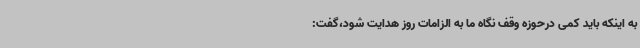
به اینکه باید کمی درحوزه وقف نگاه ما به الزامات روز هدایت شود،گفت: